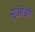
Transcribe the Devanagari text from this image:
सुऒऒ